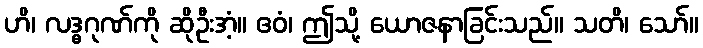
ဟိ၊ လဒ္ဓဂုဏ်ကို ဆိုဦးအံ့။ ဧဝံ၊ ဤသို့ ယောဇနာခြင်းသည်။ သတိ၊ သော်။